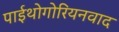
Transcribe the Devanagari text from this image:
पाईथोगोरियनवाद